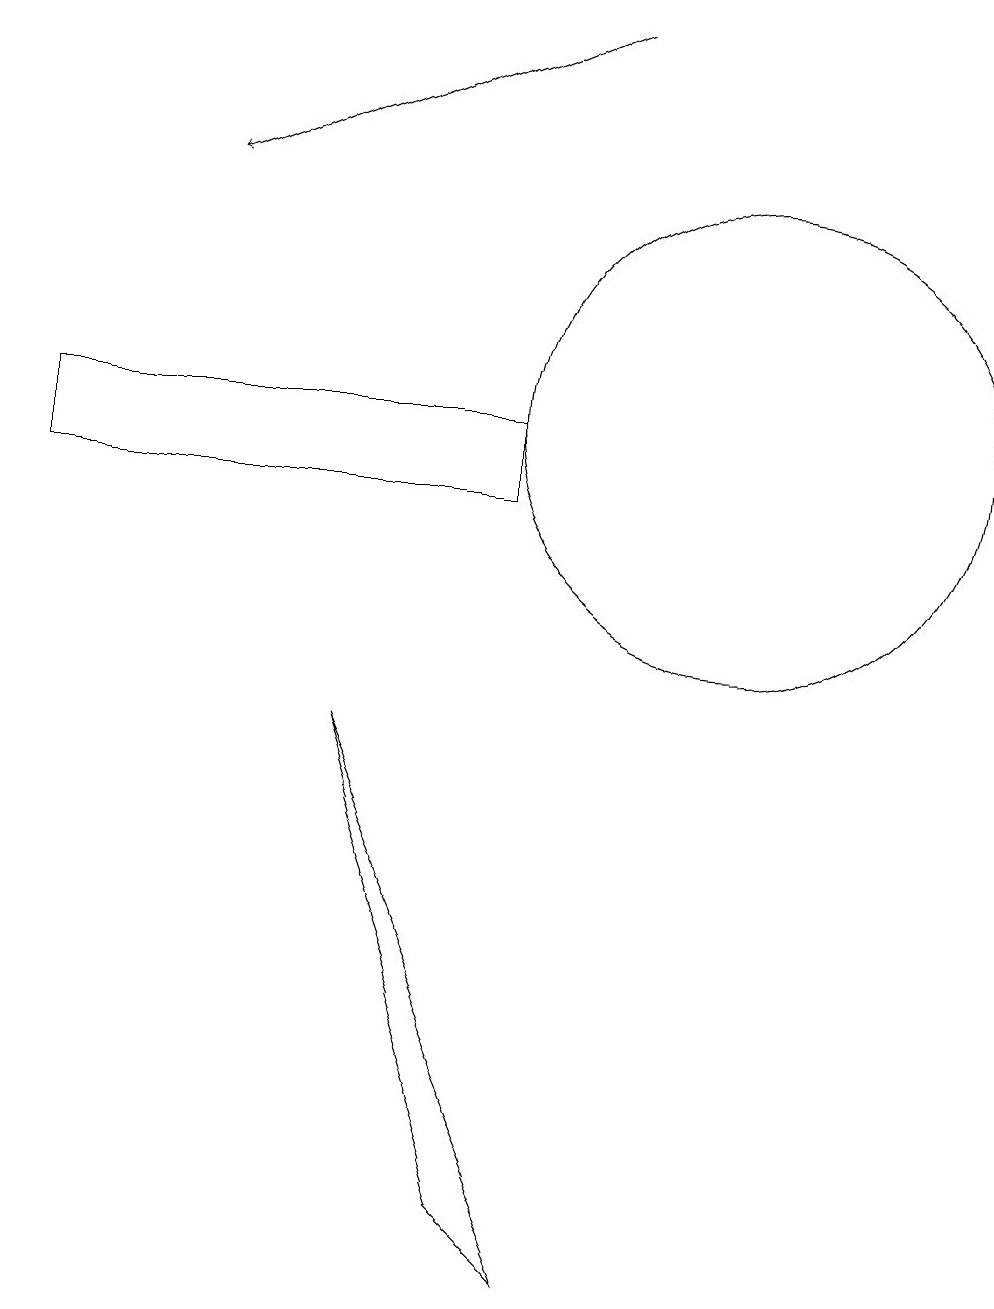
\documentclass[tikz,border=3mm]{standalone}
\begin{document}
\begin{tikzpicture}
\draw (2,11) rectangle (8,10);
\draw (11,11) circle (3);
\draw[->] (9,16) -- (4,14);
\draw (8,1) -- (6,7) -- (9,0) -- cycle;
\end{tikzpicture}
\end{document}